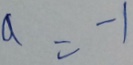
a = - 1